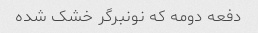
دفعه دومه که نونبرگر خشک شده